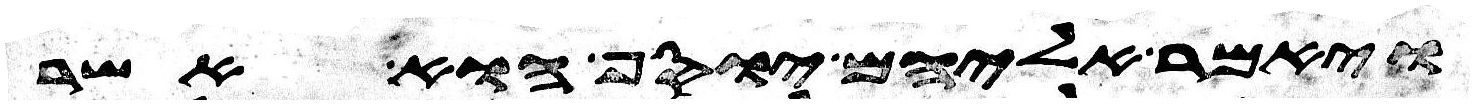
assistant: ויאמר אליהם יוסף הוא אשר